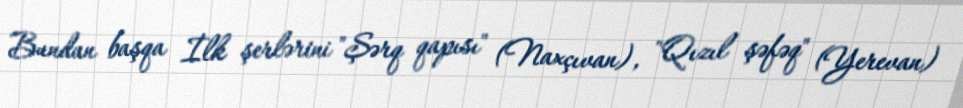
Bundan başqa İlk şerlərini "Şərq qapısı" (Naxçıvan), "Qızıl şəfəq" (Yerevan)